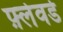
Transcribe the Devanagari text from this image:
फ़्लेवर्ड